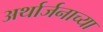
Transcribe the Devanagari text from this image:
अर्थार्जनाच्या